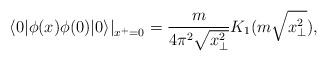
LaTeX: \begin{align*}\left. \langle 0|\phi(x)\phi(0)|0\rangle \right|_{x^+=0}=\frac{m}{4\pi^2\sqrt{x_{\bot}^2}}K_1 (m\sqrt{x_{\bot}^2}),\end{align*}